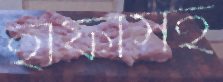
হাফাসহ